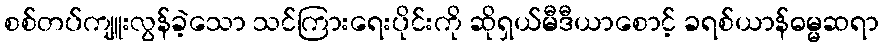
စစ်တပ်ကျူးလွန်ခဲ့သော သင်ကြားရေးပိုင်းကို ဆိုရှယ်မီဒီယာစောင့် ခရစ်ယာန်ဓမ္မဆရာ